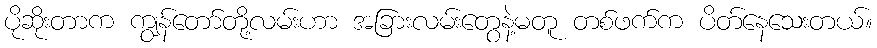
ပိုဆိုးတာက ကျွန်တော်တို့လမ်းဟာ အခြားလမ်းတွေနဲ့မတူ တစ်ဖက်က ပိတ်နေသေးတယ်။